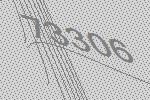
73306